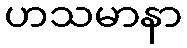
ဟသမာနာ